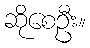
ဆိုစေဦး။